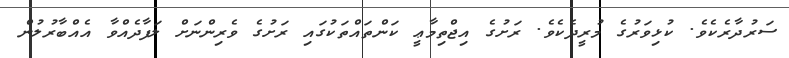
ސަރުދާރެކެވެ. ކުޅިވަރުގެ މުރީދެކެވެ. ރަށުގެ އިޖްތިމާޢީ ކަންތައްތަކުގައި ރަށުގެ ވެރިންނަށް ލަފާދެއްވާ އެއްބާރުލުން